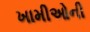
ખામીઓની